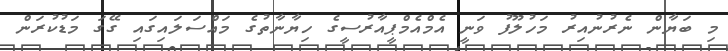
މި ބަޔާން ނެރުނުއިރު މަހުލޫފު ވަނީ އެމްއެމްޕީއާރުސީގެ ހިޔާނާތުގެ މައްސަލައިގައި ގޭގަ މަޑުކުރަން